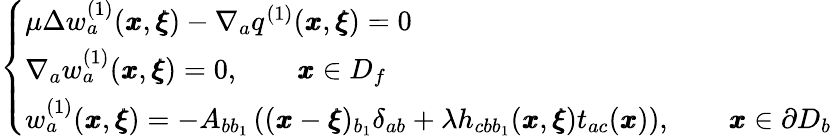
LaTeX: \left\{ \begin{array}{ll}{\mu\Delta w_{a}^{(1)}({\pmb x},{\pmb\xi})-\nabla_{a}q^{(1)}({\pmb x},{\pmb\xi})=0}\\ {\nabla_{a}w_{a}^{(1)}({\pmb x},{\pmb\xi})=0,\qquad{\pmb x}\in D_{f}}\\ {w_{a}^{(1)}({\pmb x},{\pmb\xi})=-A_{bb_{1}}\left(({\pmb x}-{\pmb\xi})_{b_{1}}\delta_{ab}+{\lambda}h_{cbb_{1}}({\pmb x},{\pmb\xi})t_{ac}({\pmb x})\right),\qquad{\pmb x}\in\partial D_{b}}\end{array}\right.